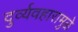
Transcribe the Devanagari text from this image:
दुर्व्यवहारामुळे